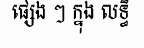
ផ្សេង ៗ ក្នុង លទ្ធិ